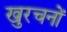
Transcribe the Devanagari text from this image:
खुरचनों